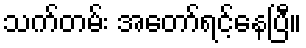
သက်တမ်း အတော်ရင့်နေပြီ။